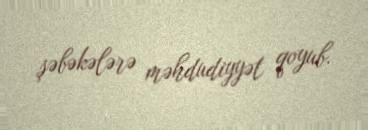
şəbəkələrə məhdudiyyət qoyub.